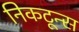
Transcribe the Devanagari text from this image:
निकटून्स